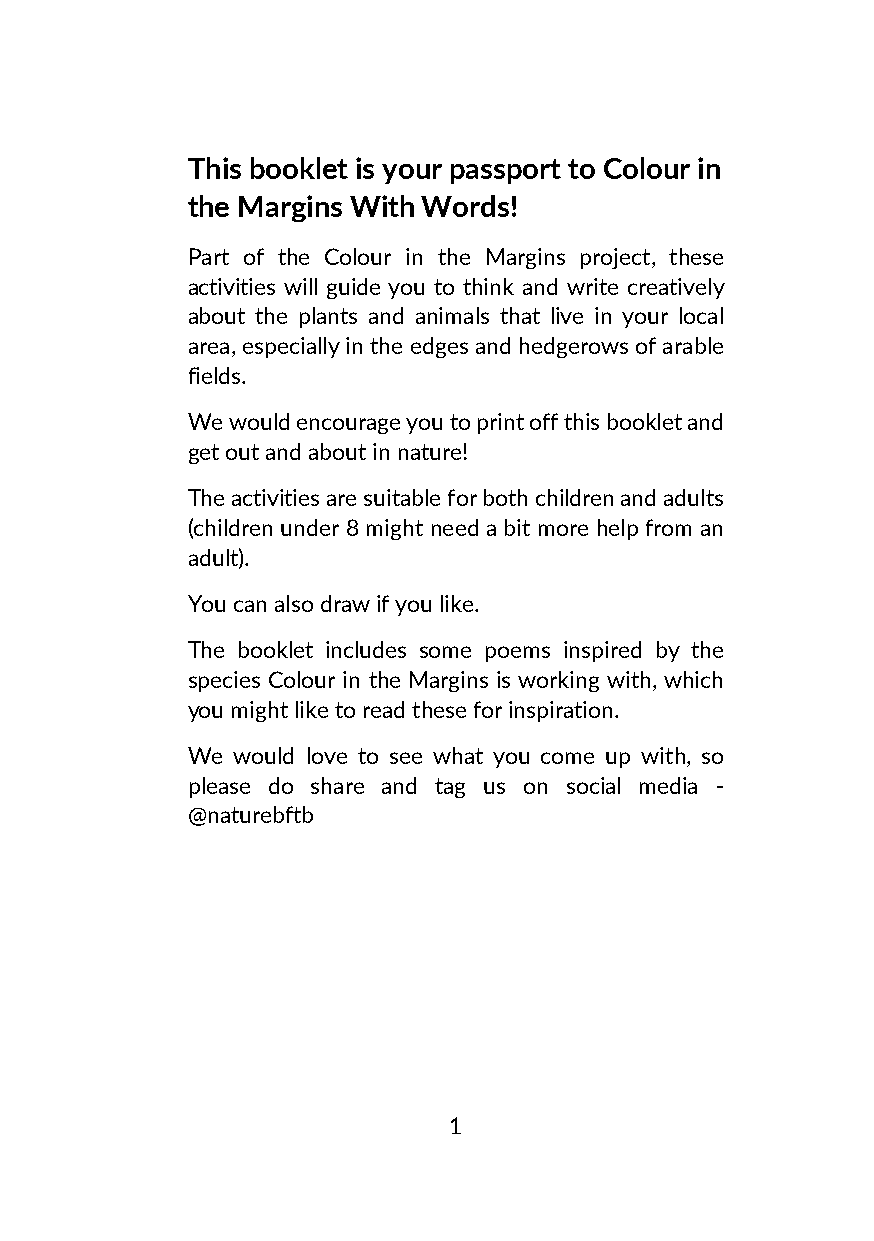
This booklet is your passport to Colour in
 the Margins With Words!
 Part of the Colour in the Margins project, these
 activities will guide you to think and write creatively
 about the plants and animals that live in your local
 area, especially in the edges and hedgerows of arable
 fields.
 We would encourage you to print off this booklet and
 get out and about in nature!
 The activities are suitable for both children and adults
 (children under 8 might need a bit more help from an
 adult).
 You can also draw if you like.
 The booklet includes some poems inspired by the
 species Colour in the Margins is working with, which
 you might like to read these for inspiration.
 We would love to see what you come up with, so
 please do share and tag us on social media -
 @naturebftb
 1